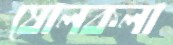
ষোলকলা